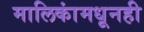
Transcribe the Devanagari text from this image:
मालिकांमधूनही